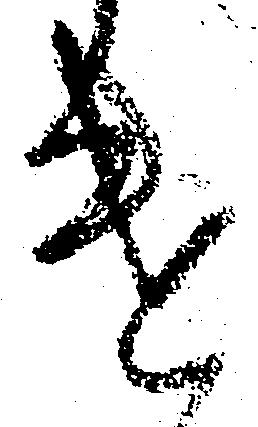
遣